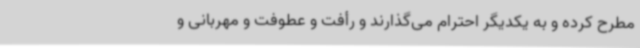
مطرح کرده و به یکدیگر احترام می‌گذارند و رأفت و عطوفت و مهربانی و